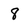
Character: 8